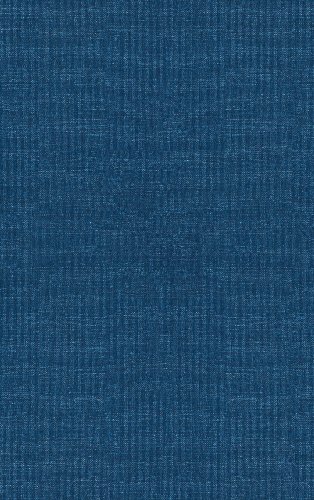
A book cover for The Human Retroviruses; Medical Books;